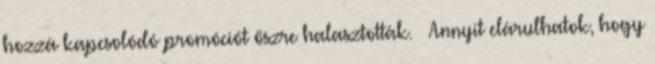
hozzá kapcsolódó promóciót őszre halasztották. – Annyit elárulhatok, hogy